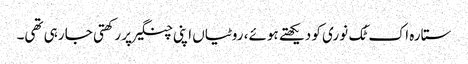
ستارہ اک ٹُک نوری کو دیکھتے ہوئے، روٹیاں اپنی چنگیرپر رکھتی جا رہی تھی۔